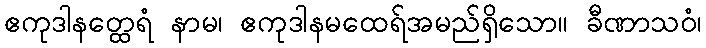
ဧကုဒါနတ္ထေရံ နာမ၊ ဧကုဒါနမထေရ်အမည်ရှိသော။ ခီဏာသဝံ၊